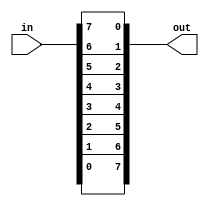
module top_module( 
    input [7:0] in,
    output [7:0] out
);
    integer i;
    always@ (*)begin
        for(i=0;i<=7;i++)begin
            out[i] = in[7-i]; // 特別注意 for-loop 不能 assign
        end
    end

endmodule